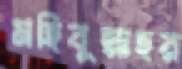
মহিবুল্লাহর